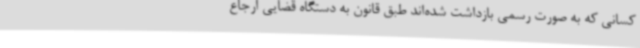
کسانی که به صورت رسمی بازداشت شده‌اند طبق قانون به دستگاه قضایی ارجاع